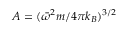
A = ( \Bar { \omega } ^ { 2 } m / 4 \pi k _ { B } ) ^ { 3 / 2 }